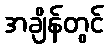
အချိန်တွင်